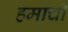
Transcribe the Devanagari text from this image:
हमाची